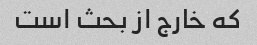
که خارج از بحث است